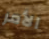
الأمر